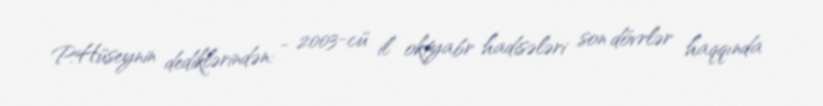
P.Hüseynin dediklərindən: - 2003-cü il oktyabr hadisələri son dövrlər haqqında